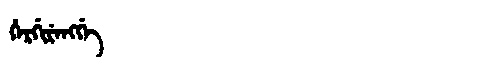
Manchu: ᡥᡝᡵᡤᡳᡵᡝᠩᡤᡝ
Romanization: HERGIRENGGE